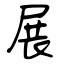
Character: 展